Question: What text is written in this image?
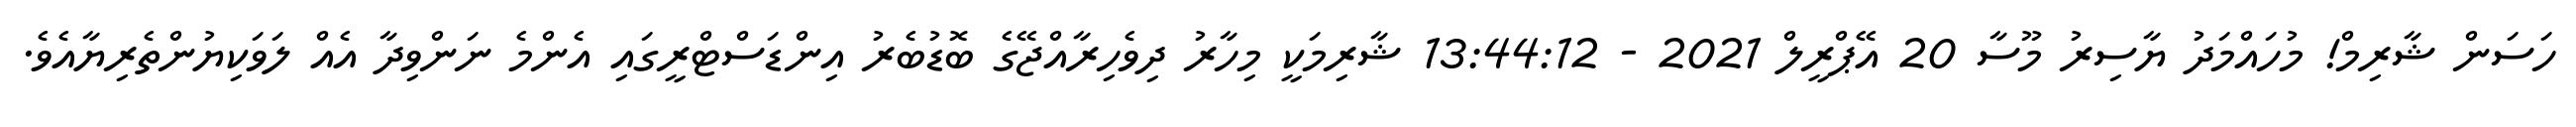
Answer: ހަސަން ޝާރިމް! މުހައްމަދު ޔާސިރު މޫސާ 20 އޭޕްރީލް 2021 - 13:44:12 ޝާރިމަކީ މިހާރު ދިވެހިރާއްޖޭގެ ބޮޑުބެރު އިންޑަސްޓްރީގައި އެންމެ ނަންވިދާ އެއް ލަވަކިޔުންތެރިޔާއެވެ.